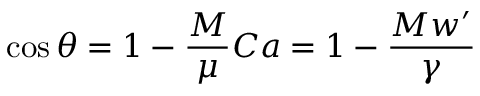
\cos { \theta } = 1 - \frac { M } { \mu } C a = 1 - \frac { M w ^ { \prime } } { \gamma }